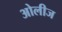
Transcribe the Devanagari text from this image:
ओलीज